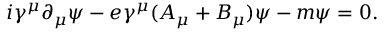
i \gamma ^ { \mu } \partial _ { \mu } \psi - e \gamma ^ { \mu } ( A _ { \mu } + B _ { \mu } ) \psi - m \psi = 0 .